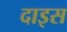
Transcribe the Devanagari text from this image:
दाइस